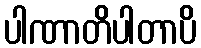
ပါဏာတိပါတာပိ